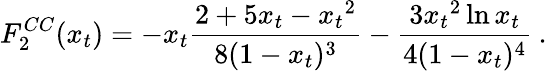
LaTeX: F_{2}^{CC}(x_{t})=-x_{t}\frac{2+5x_{t}-{x_{t}}^{2}}{8(1-x_{t})^{3}}-\frac{3{x_{t}}^{2}\ln x_{t}}{4(1-x_{t})^{4}}\: .